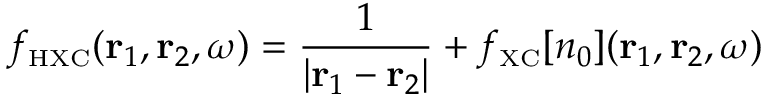
f _ { \scriptscriptstyle \mathrm { H X C } } ( { \bf r } _ { 1 } , { \bf r } _ { 2 } , \omega ) = \frac { 1 } { \vert { \bf r } _ { 1 } - { \bf r } _ { 2 } \vert } + f _ { \scriptscriptstyle \mathrm { X C } } [ n _ { 0 } ] ( { \bf r } _ { 1 } , { \bf r } _ { 2 } , \omega )